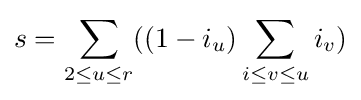
s=\sum _{2\leq u\leq r}((1-i_{u})\sum _{i\leq v\leq u}i_{v})